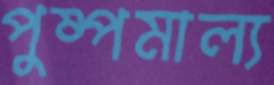
পুষ্পমাল্য